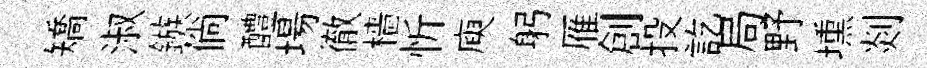
矯淑鏃倘醴場徹檣忻庾躬雁創投訖局野壎剡